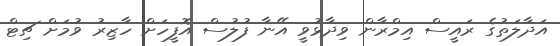
އަދާލަތުގެ ރައީސް އިމްރާން ވިދާޅުވީ އޭނާ ފުލުސް އޮފީހަށް ހާޒިރު ވުމަށް ޗިޓް